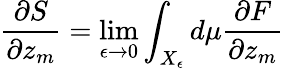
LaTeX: \frac{\partial S}{\partial z_{m}}=\operatorname*{lim}_{\epsilon\rightarrow 0}\int_{X_{\epsilon}}d\mu\frac{\partial F}{\partial z_{m}}